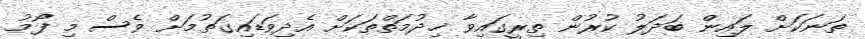
ތަނަކަށް ލައިން ބަދަލު ކުރުން ތިރީގައިވާ ޚިދުމަތްތަކަށް އެދިވަޑައިގަތުމަށް ވެސް މި ފޯމު